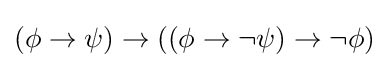
\left(\phi \to \psi \right)\to \left(\left(\phi \to \lnot \psi \right)\to \lnot \phi \right)